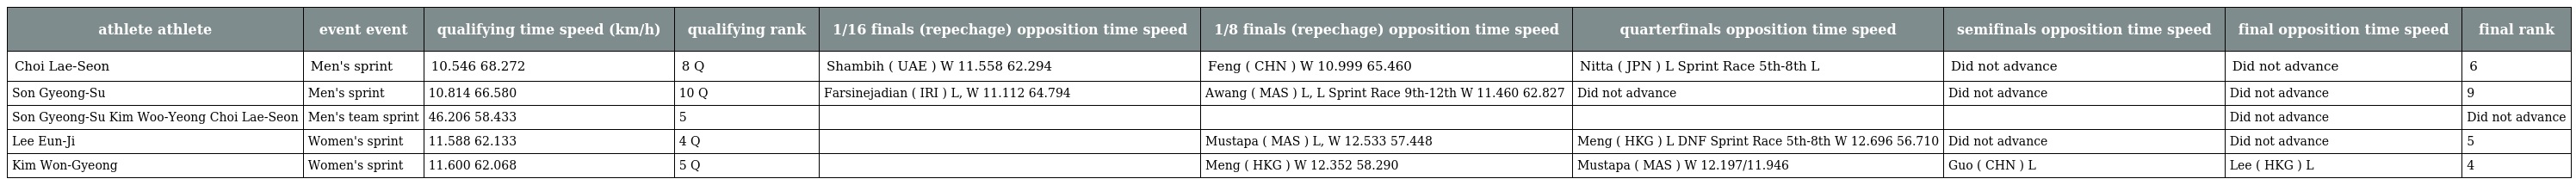
| athlete athlete | event event | qualifying time speed (km/h) | qualifying rank | 1/16 finals (repechage) opposition time speed | 1/8 finals (repechage) opposition time speed | quarterfinals opposition time speed | semifinals opposition time speed | final opposition time speed | final rank |
 | --- | --- | --- | --- | --- | --- | --- | --- | --- | --- |
 | Choi Lae-Seon | Men's sprint | 10.546 68.272 | 8 Q | Shambih ( UAE ) W 11.558 62.294 | Feng ( CHN ) W 10.999 65.460 | Nitta ( JPN ) L Sprint Race 5th-8th L | Did not advance | Did not advance | 6 |
 | Son Gyeong-Su | Men's sprint | 10.814 66.580 | 10 Q | Farsinejadian ( IRI ) L, W 11.112 64.794 | Awang ( MAS ) L, L Sprint Race 9th-12th W 11.460 62.827 | Did not advance | Did not advance | Did not advance | 9 |
 | Son Gyeong-Su Kim Woo-Yeong Choi Lae-Seon | Men's team sprint | 46.206 58.433 | 5 |  |  |  |  | Did not advance | Did not advance |
 | Lee Eun-Ji | Women's sprint | 11.588 62.133 | 4 Q |  | Mustapa ( MAS ) L, W 12.533 57.448 | Meng ( HKG ) L DNF Sprint Race 5th-8th W 12.696 56.710 | Did not advance | Did not advance | 5 |
 | Kim Won-Gyeong | Women's sprint | 11.600 62.068 | 5 Q |  | Meng ( HKG ) W 12.352 58.290 | Mustapa ( MAS ) W 12.197/11.946 | Guo ( CHN ) L | Lee ( HKG ) L | 4 |